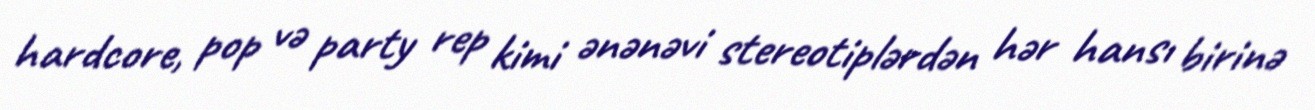
hardcore, pop və party rep kimi ənənəvi stereotiplərdən hər hansı birinə